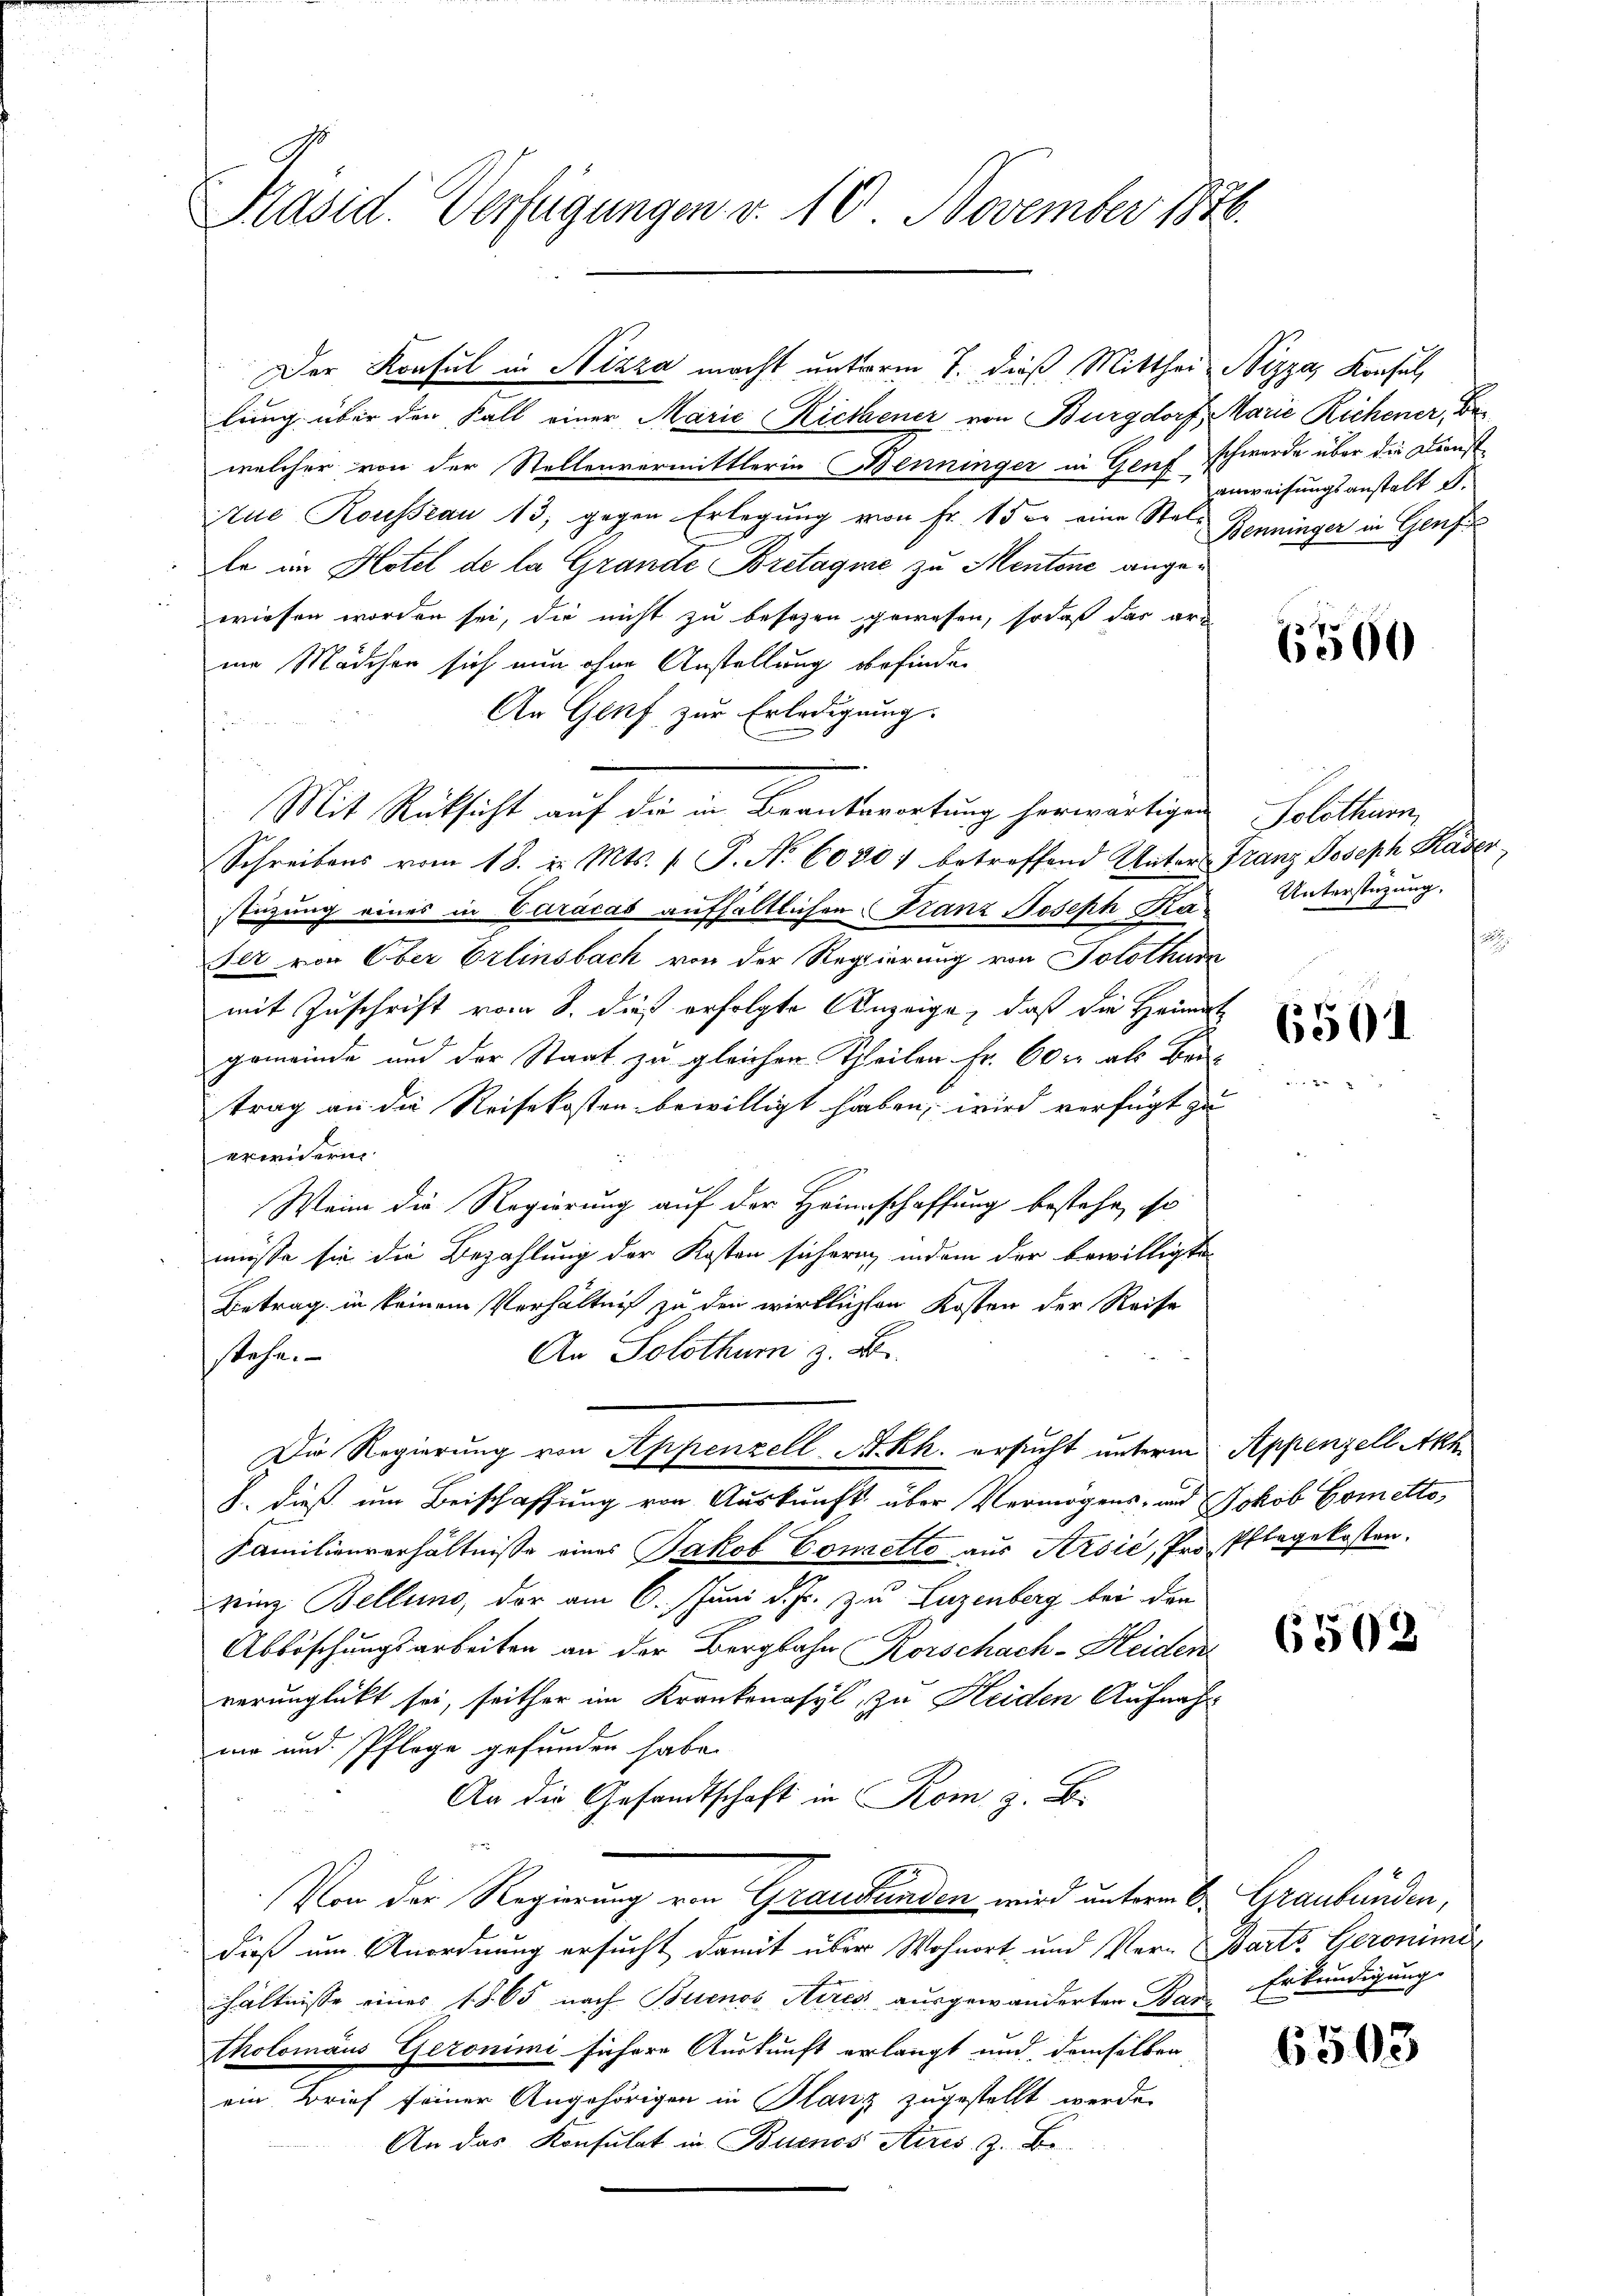
Kasid. Verfügungen v. 10. November 1876.

Der Konsul in Nizza macht unterm 7. dieß Mitthei Nizza, Konsul,
lung über den Fall einer Marie Riethener von Burgdorf Marie Richener, Bewelcher von der Stellenvermittlerin Benninger in Genf schwerde über die Dienst
tue Rousseau 13, gegen Erlegung von Fr. 15 er eine Stel-
le im Hotel de la Grande Bretagine zu Mentone angewiesen worden sei, die nicht zu besezen gewesen, sodaß das arm
im Mädchen sich nun ohne Anstellung befinden
An Genf zur Erledigung.
Mit Rücksicht auf die in Beantwortung herwärtigen Solothurn,
Schreibens vom 18. d. Mts. 1. P. Nr. 60801 betreffend Unter Franz Joseph Kaser,
stüzung eines in Caracas aufhältlichen Franz Joseph Ra¬
Elt von Ober Erlinsbach von der Regierung von Solothur
mit Zuschrift vom 8. dieß erfolgte Anzeige, daß die Häumte
gemeinde und der Staat zu gleichen Theilen Fr. 60 er als Beitrag an die Reisekosten bewilligt haben, wird verfügt zu
erwidern
Wein die Regierung auf der Heimschaffung bestehe, so
müsse sie die Bezahlung der Kosten sichern, indem der bewilligte
Betrag in keinem Verhältniß zu den wirklichten Kosten der Reise
An Solothum z. B.
stehen
Die Regierung von Appenzell A.Rh. ersucht unterm Appenzell Ah.
8. dieß um Beischaffung von Auskunft über Vermögens- und Jakob Gometto,
Familienverhältnisse eines Jakob Conretto aus Arsić, Pro Pflegekosten.
ring Bellino, der am 6. Juni d. Js. zu Luzenberg bei den
Abböschungsarbeiten an der Bergbahn Korschach-Heiden
verunglückt sei, seither im Krankenasyl, zu Heiden Aufnahmie und Pflege gefunden habe.
An die Gesandtschaft in Rom z. B.
Von die Regierung von Graubünden wird unterm B. Graubünden,
dieß um Anordnung ersucht damit über Wohnort, und Ver-Barts Geronimi
hältnisse einer 1865 nach Buenos Aires ausgewanderten Bar Erkundigung
tholomäus Geronimi sichere Auskunft erlangt und demselben
ein Brief seiner Angehörigen in Planz zugestellt werde.
An das Konsulat in Buenos Aires, z. B.

anweisungsanstalt d.
Benninger in Genf

6500

Unterstüzung.

6501

6508

6503